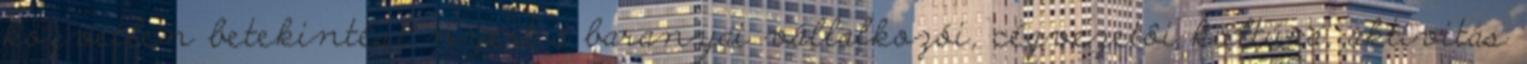
közvetlen betekintést nyert a baranyai vállalkozói, cégvezetôi kultúra, aktivitás